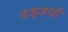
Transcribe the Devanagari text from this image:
उड्डपी